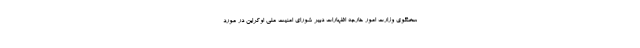
سخنگوی وزارت امور خارجه اظهارات دبیر شورای امنیت ملی اوکراین در مورد